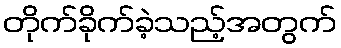
တိုက်ခိုက်ခဲ့သည့်အတွက်